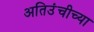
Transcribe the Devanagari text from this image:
अतिउंचीच्या